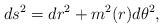
\begin{align*}ds^2=dr^2+m^2(r)d\theta^2,\end{align*}